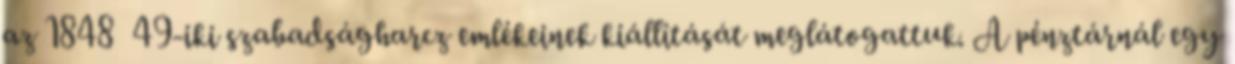
az 1848 49-iki szabadságharcz emlékeinek kiállítását meglátogattuk. A pénztárnál egy